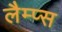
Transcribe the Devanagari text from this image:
लैम्प्स